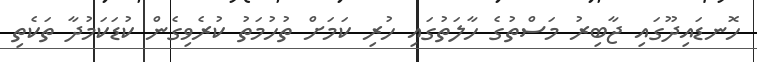
ހޮނޑައިދޫގައި ޖާބިރު މަސްތުގެ ހާލަތުގައި ހުރި ކަމަށް ތުހުމަތު ކުރެވިގެން ކުޑަކަމުދާ ތަކެތި